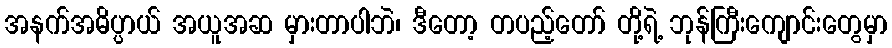
အနက်အဓိပ္ပာယ် အယူအဆ မှားတာပါဘဲ၊ ဒီတော့ တပည့်တော် တို့ရဲ့ ဘုန်ကြီးကျောင်းတွေမှာ